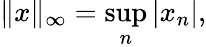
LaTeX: \| x\| _{\infty}=\operatorname*{sup}_{n}|x_{n}|,